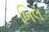
બિલ